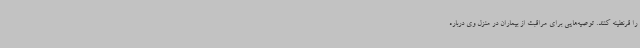
را قرنطینه کنند. توصیه‌هایی برای مراقبت از بیماران در منزل وی درباره